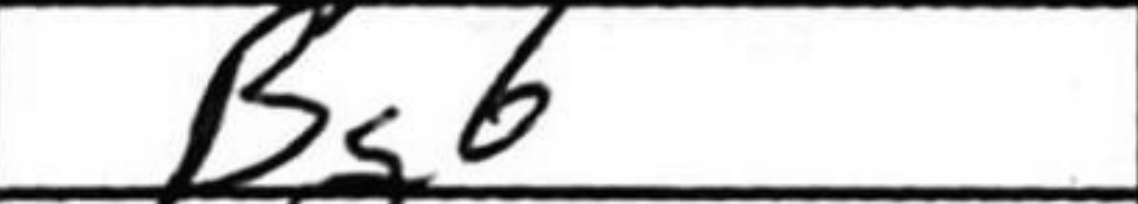
Transcription: Bg6